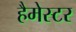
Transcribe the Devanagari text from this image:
हैमेस्टर